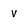
Character: v